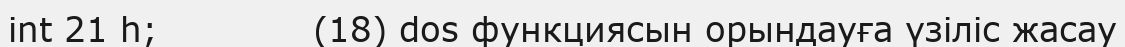
int 21 h;             (18) dos функциясын орындауға үзіліс жасау